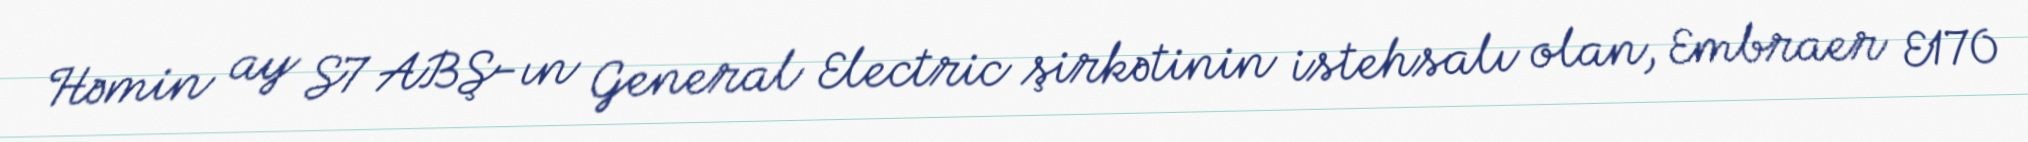
Həmin ay S7 ABŞ-ın General Electric şirkətinin istehsalı olan, Embraer E170